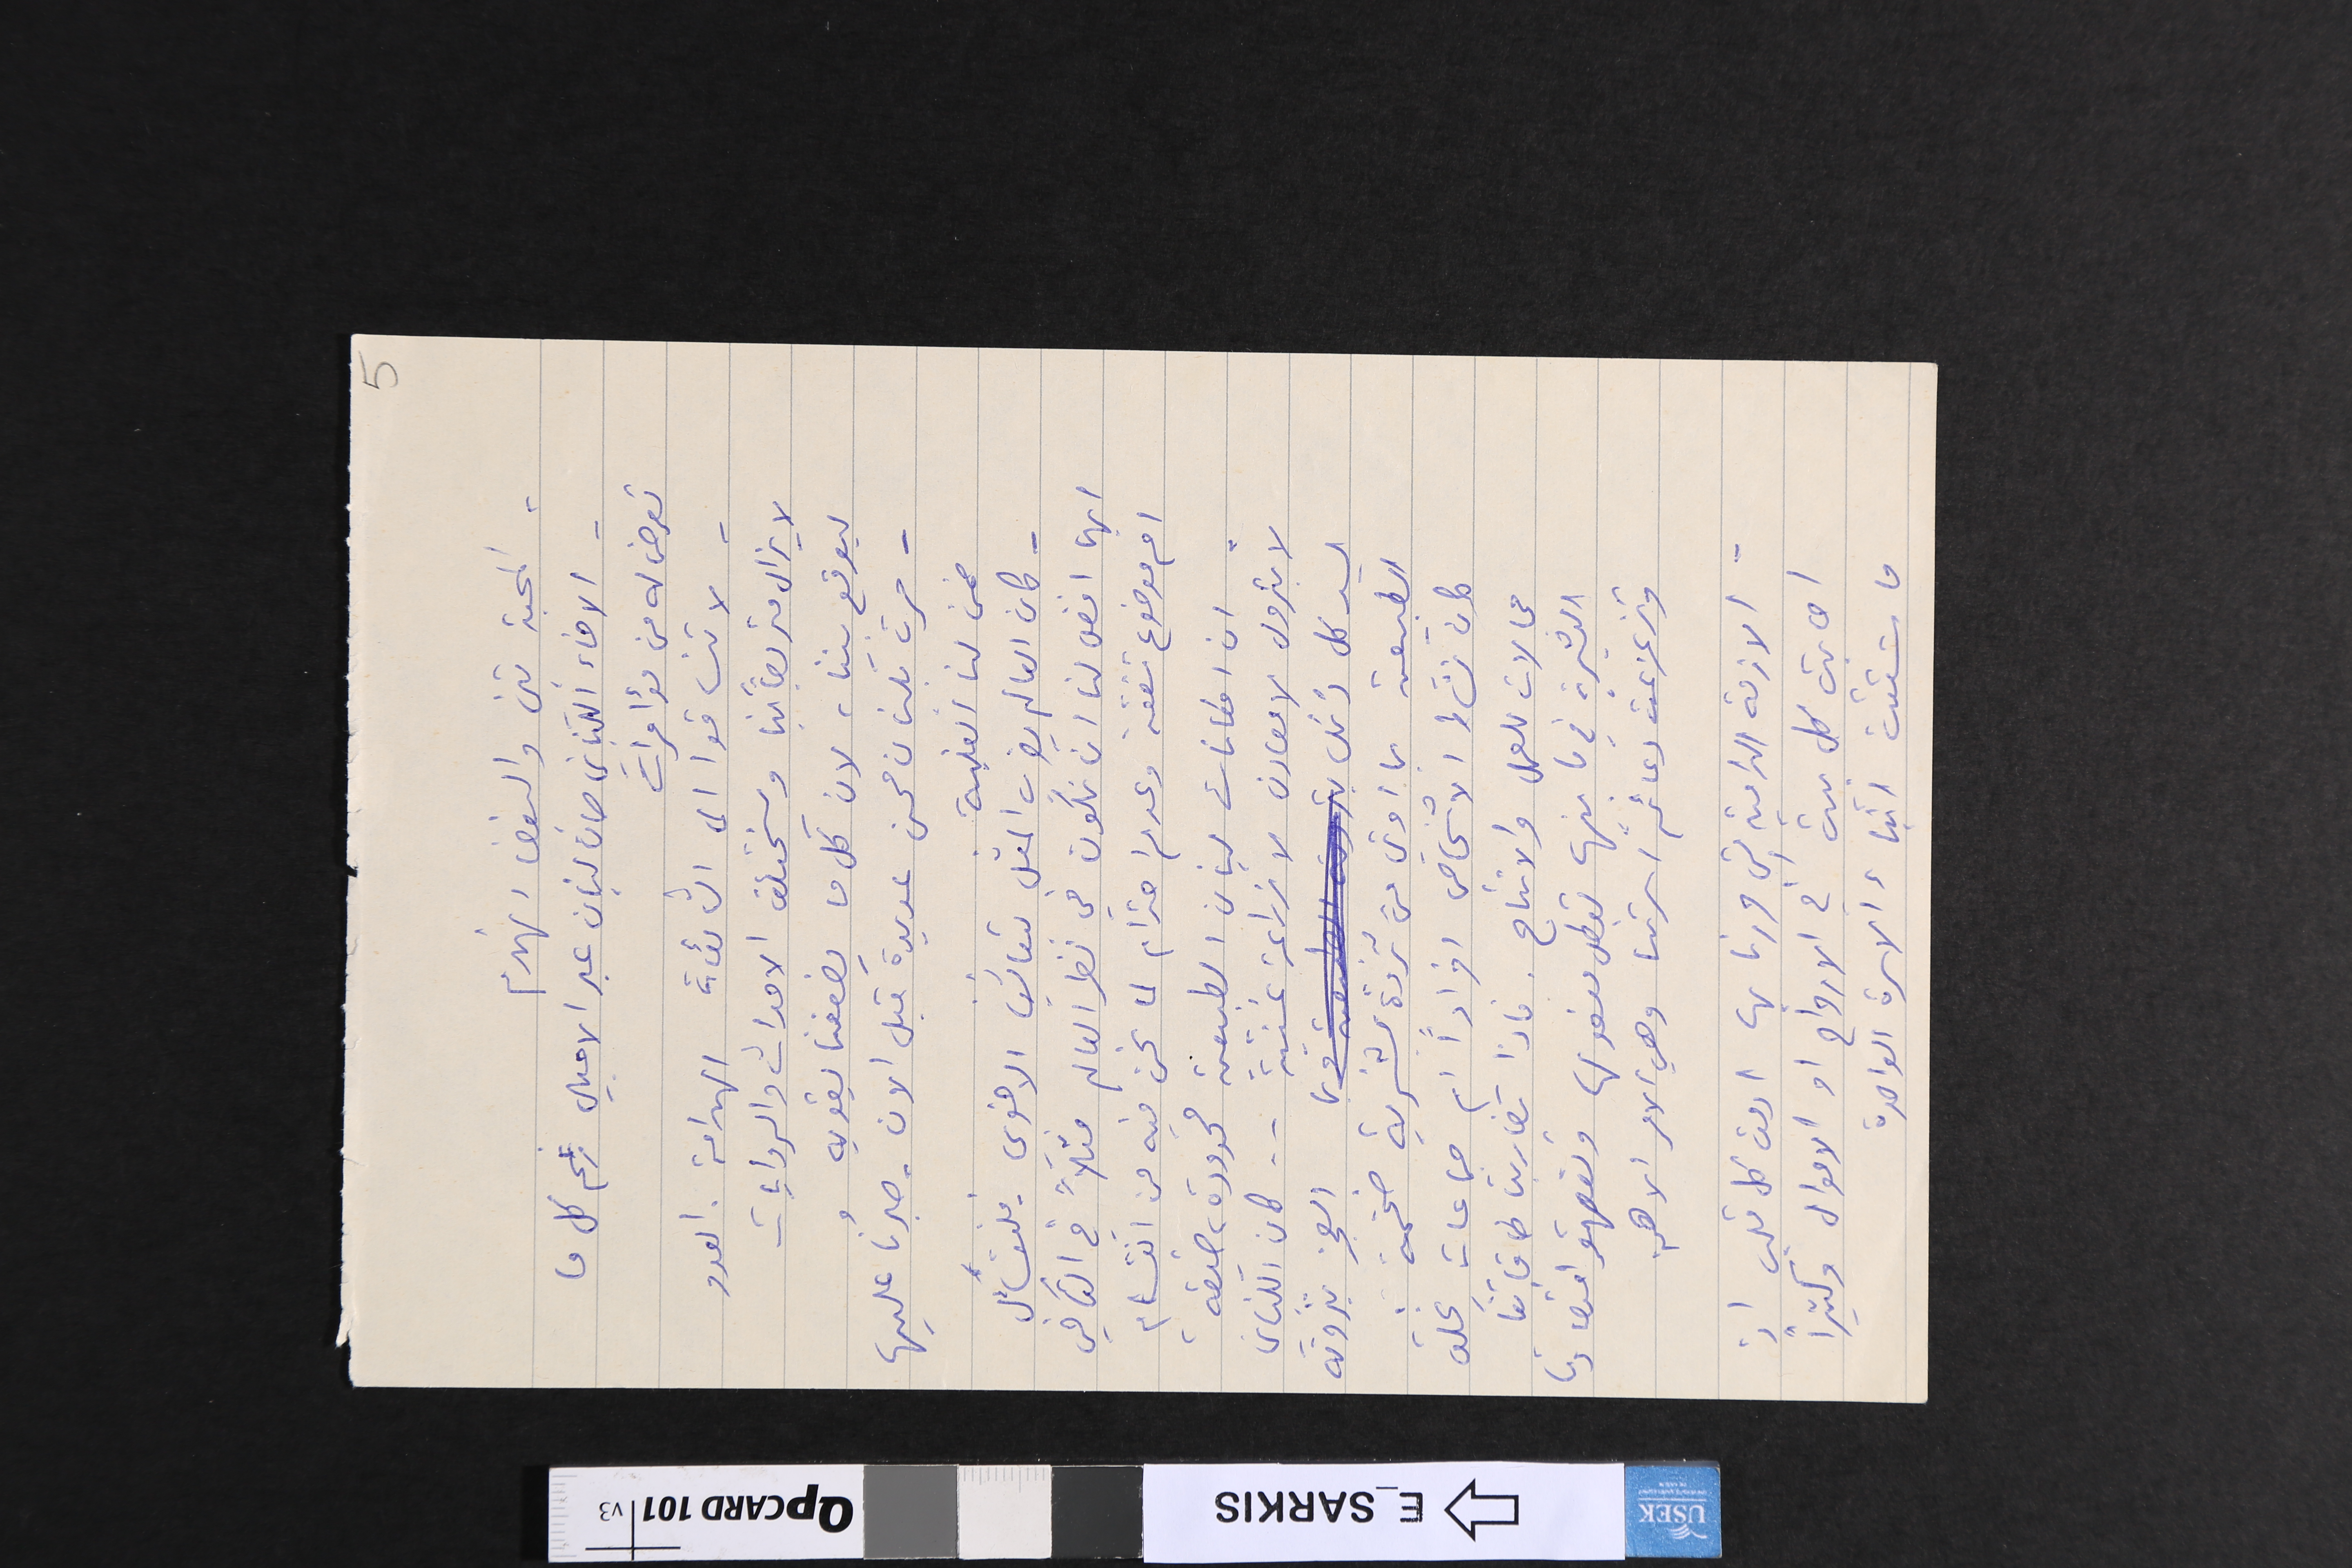
- المحبة تبني والبغضاء تهدم
- الاخاء اللبناني صان لبنان عبر الاجيال رغم كل ما
تعرض له من مؤامرات
- لا تنساقوا الى الشائعات الهدامة. العدو
لا يزال متربصاً بنا ويختلق الاحداث والروايات
ليوقع بيننا، لان كل ما يضعفنا يقويه
- مرت بلبنان محن عديدة قبل الان - صبرُنا عليها
ضمن لنا الغلبة.
وكان العالم يضرب المثل بتعايشنا الاخوي - فلنتسآءل
ايهما افضل لنا ان نكون في نظر العالم مثلاً في التآخي
ام موضوع شفقه وعدم احترام لما نحن فيه من انقسام
 ان امكانات لبنان الطبيعية محدودة، ضيقة
لا بترول لا معادن لا زراعة غنية .. كان اللبناني
يسد كل ذلك العجز بثروته
الطبيعية بما اوتي من ثروة بشرية ضخمة.
كان نشاط الاشخاص افراداً ام جماعات يخلق
مجالات للعمل والانتاج. فاذا تضاربت طاقاتنا
البشرية في ما بينها تعطل مفعولها وتقهقر اقتصادنا
وتزعزعت دعائم اسرتنا وهي الامر الاهم.
- الازمة الدامية التي مررنا بها ادمت كل قلب اذ
اصابت كل بيت في الارواح او الاموال وكثيرًا
ماشتتت ابناء الاسرة الواحدة
5